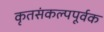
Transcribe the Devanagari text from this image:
कृतसंकल्पपूर्वक